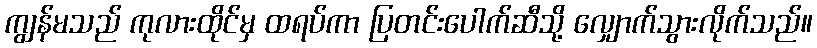
ကျွန်မသည် ကုလားထိုင်မှ ထရပ်ကာ ပြတင်းပေါက်ဆီသို့ လျှောက်သွားလိုက်သည်။